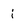
Character: j